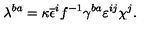
\lambda ^ { b a } = \kappa \overline { { \epsilon } } ^ { i } f ^ { - 1 } \gamma ^ { b a } \varepsilon ^ { i j } \chi ^ { j } .